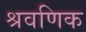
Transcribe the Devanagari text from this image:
श्रवणिक